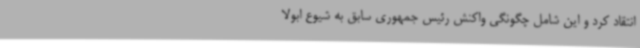
انتقاد کرد و این شامل چگونگی واکنش رئیس جمهوری سابق به شیوع ابولا